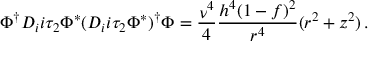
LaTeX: \Phi ^ { \dag } D _ { i } i \tau _ { 2 } \Phi ^ { * } ( D _ { i } i \tau _ { 2 } \Phi ^ { * } ) ^ { \dag } \Phi = \frac { \nu ^ { 4 } } { 4 } \frac { h ^ { 4 } ( 1 - f ) ^ { 2 } } { r ^ { 4 } } ( r ^ { 2 } + z ^ { 2 } ) \, .